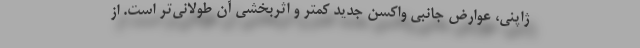
ژاپنی، عوارض جانبی واکسن جدید کمتر و اثربخشی آن طولانی‌تر است. از